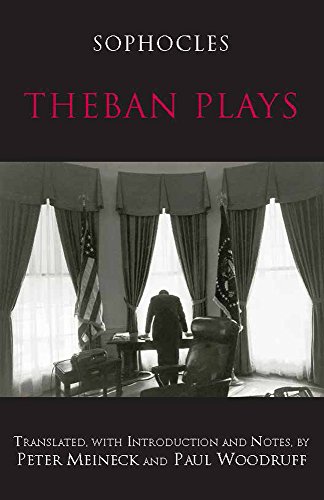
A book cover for Theban Plays (Hackett Classics); Sophocles; Literature & Fiction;